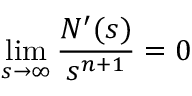
\operatorname * { l i m } _ { s \rightarrow \infty } \frac { N ^ { \prime } ( s ) } { s ^ { n + 1 } } = 0